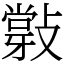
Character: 𢿦